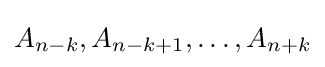
A_{n-k},A_{n-k+1},\ldots ,A_{n+k}